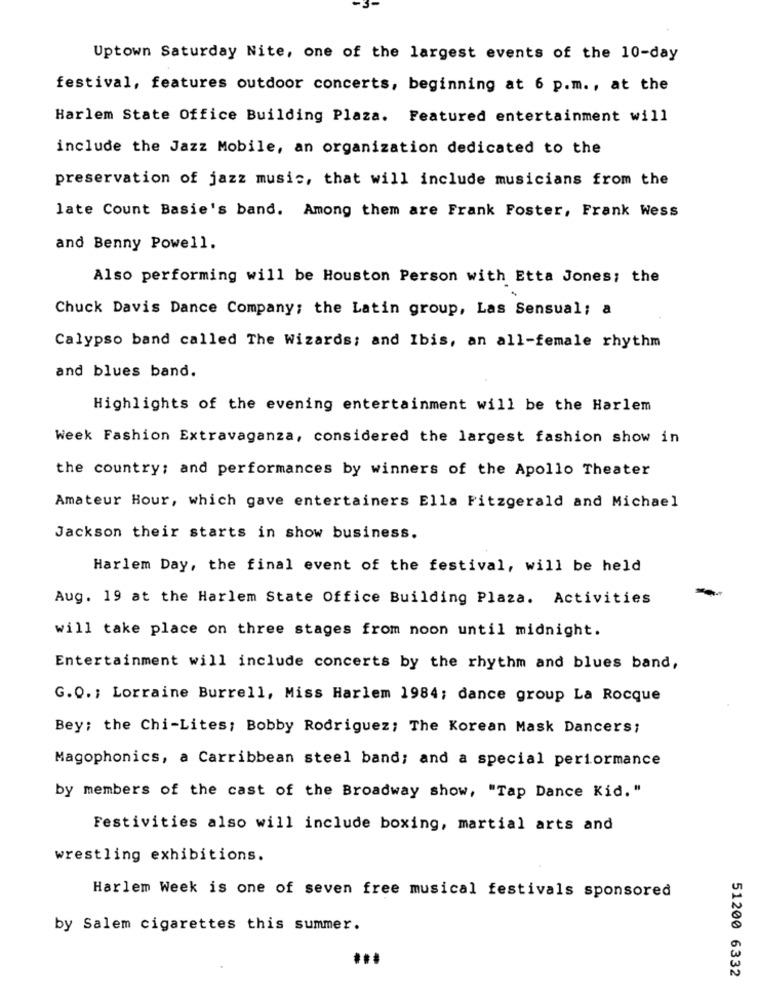
Uptown Saturday Nite, one of the largest events of the 10-day
festival, features outdoor concerts, beginning at 6 p.m ., at the
Harlem State Office Building Plaza. Featured entertainment will
include the Jazz Mobile, an organization dedicated to the
preservation of jazz music, that will include musicians from the
late Count Basie's band. Among them are Frank Foster, Frank Wess
and Benny Powell.
Also performing will be Houston Person with Etta Jones; the
Chuck Davis Dance Company; the Latin group, Las Sensual; a
Calypso band called The Wizards; and Ibis, an all-female rhythm
and blues band.
Highlights of the evening entertainment will be the Harlem
Week Fashion Extravaganza, considered the largest fashion show in
the country; and performances by winners of the Apollo Theater
Amateur Hour, which gave entertainers Ella Fitzgerald and Michael
Jackson their starts in show business.
Harlem Day, the final event of the festival, will be held
Aug. 19 at the Harlem State Office Building Plaza. Activities
will take place on three stages from noon until midnight.
Entertainment will include concerts by the rhythm and blues band,
G.O .; Lorraine Burrell, Miss Harlem 1984; dance group La Rocque
Bey; the Chi-Lites; Bobby Rodriguez; The Korean Mask Dancers;
Magophonics, a Carribbean steel band; and a special performance
by members of the cast of the Broadway show, "Tap Dance Kid."
Festivities also will include boxing, martial arts and
wrestling exhibitions.
Harlem Week is one of seven free musical festivals sponsored
by Salem cigarettes this summer.
51200 6332